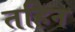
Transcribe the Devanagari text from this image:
तहिन